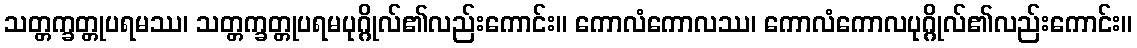
သတ္တက္ခတ္တုပရမဿ၊ သတ္တက္ခတ္တုပရမပုဂ္ဂိုလ်၏လည်းကောင်း။ ကောလံကောလဿ၊ ကောလံကောလပုဂ္ဂိုလ်၏လည်းကောင်း။